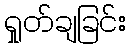
ရှုတ်ချခြင်း